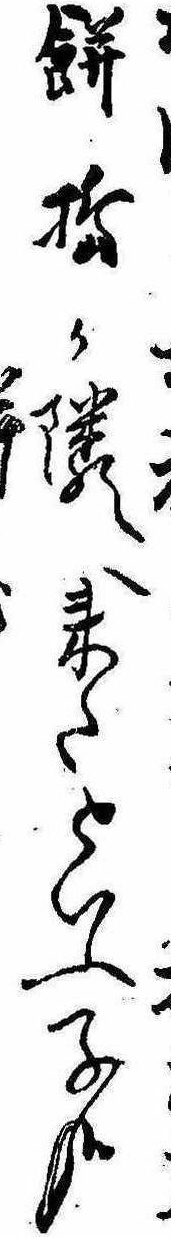
餅搗か隣へ来たといふ子哉